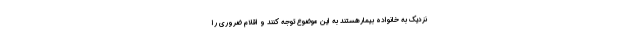
نزدیک به خانواده بیمارهستند به این موضوع توجه کنند و اقلام ضروری را